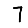
Digit: 7